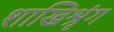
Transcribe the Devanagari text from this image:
शाखिश्रृंग